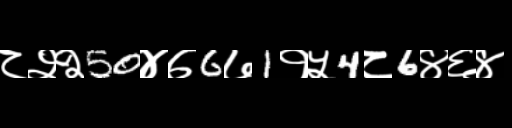
Text: ८२२50४७6७1१५4८6४६४